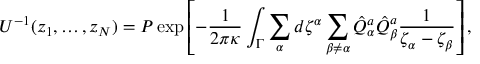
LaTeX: U ^ { - 1 } ( z _ { 1 } , \dots , z _ { N } ) = P \exp \left[ - { \frac { 1 } { 2 \pi \kappa } } \int _ { \Gamma } \sum _ { \alpha } d \zeta ^ { \alpha } \sum _ { \beta \not = \alpha } \hat { Q } _ { \alpha } ^ { a } \hat { Q } _ { \beta } ^ { a } { \frac { 1 } { \zeta _ { \alpha } - \zeta _ { \beta } } } \right] ,